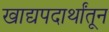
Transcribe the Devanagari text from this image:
खाद्यपदार्थांतून